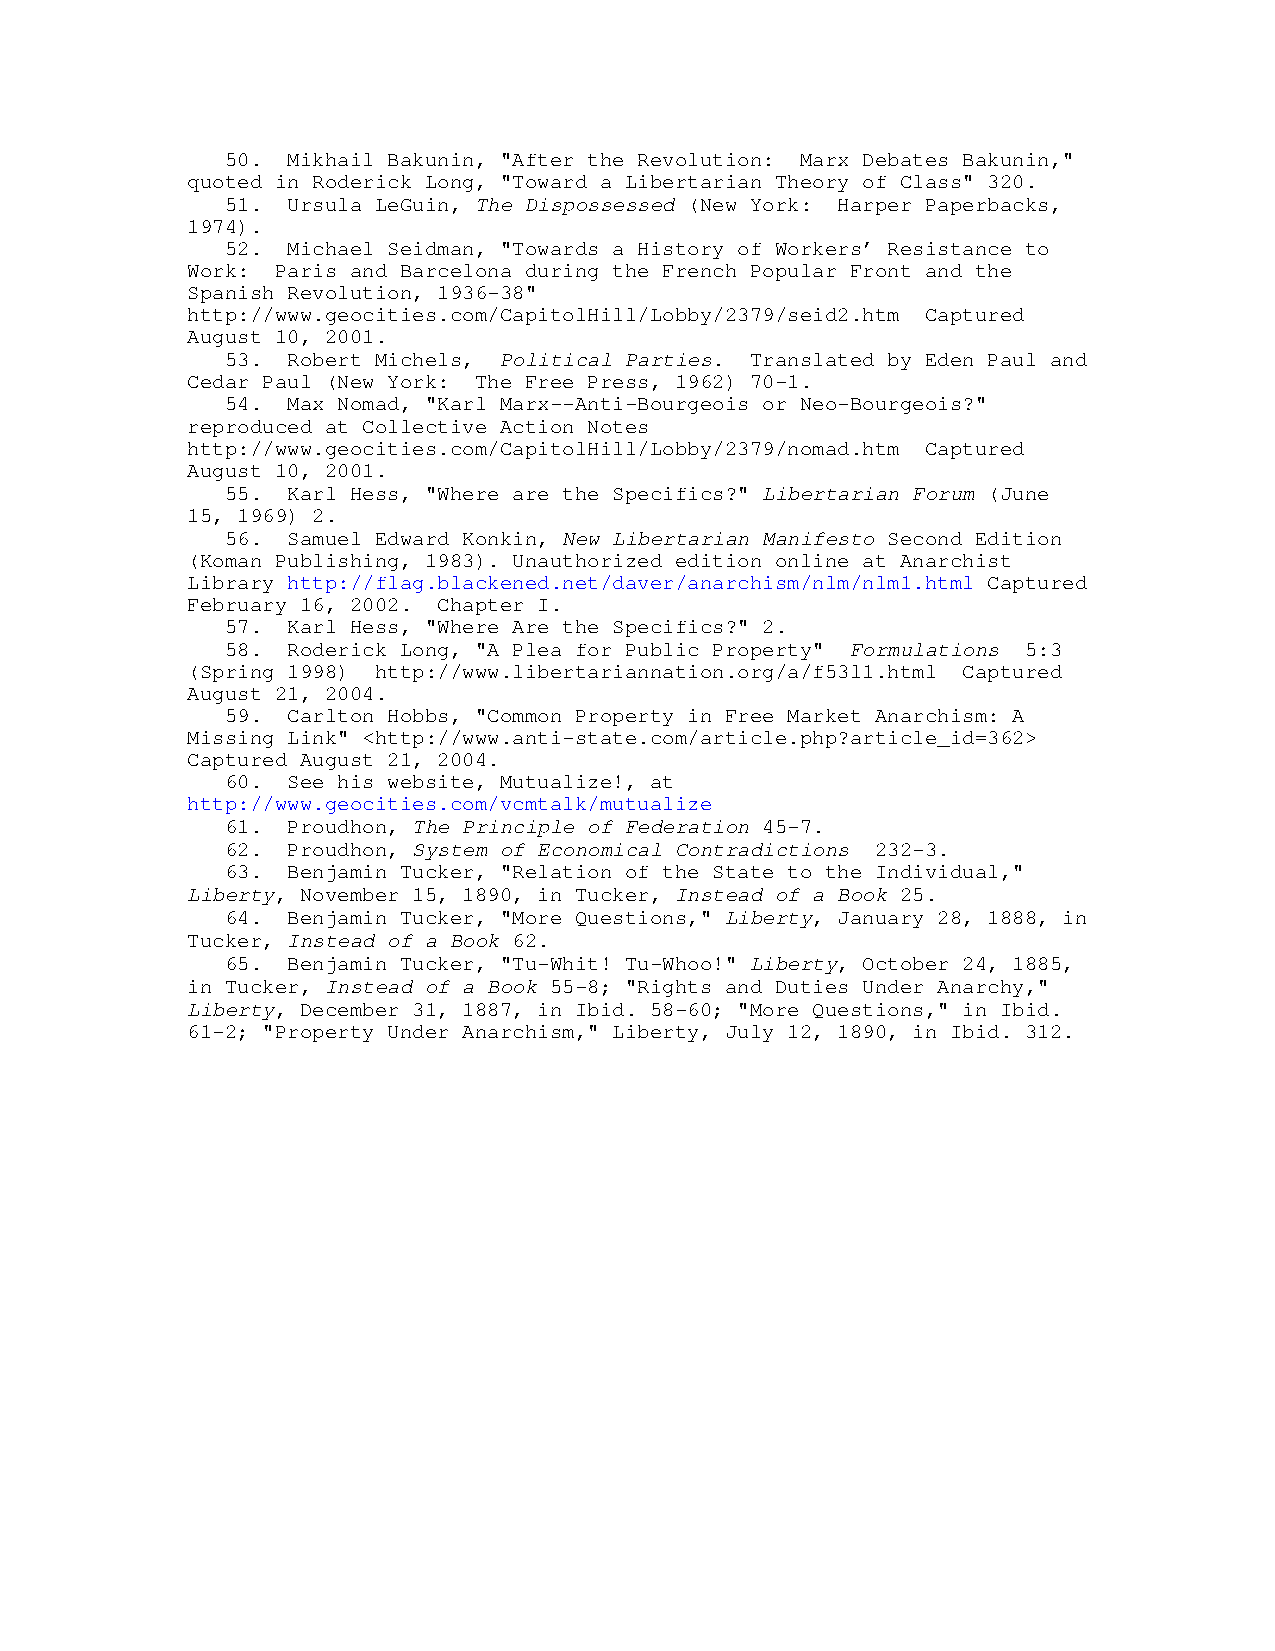
50. Mikhail Bakunin, "After the Revolution: Marx Debates Bakunin,"
 quoted in Roderick Long, "Toward a Libertarian Theory of Class" 320.
 51. Ursula LeGuin, The Dispossessed (New York: Harper Paperbacks,
 1974).
 52. Michael Seidman, "Towards a History of Workers’ Resistance to
 Work: Paris and Barcelona during the French Popular Front and the
 Spanish Revolution, 1936-38"
 http://www.geocities.com/CapitolHill/Lobby/2379/seid2.htm Captured
 August 10, 2001.
 53. Robert Michels, Political Parties. Translated by Eden Paul and
 Cedar Paul (New York: The Free Press, 1962) 70-1.
 54. Max Nomad, "Karl Marx--Anti-Bourgeois or Neo-Bourgeois?"
 reproduced at Collective Action Notes
 http://www.geocities.com/CapitolHill/Lobby/2379/nomad.htm Captured
 August 10, 2001.
 55. Karl Hess, "Where are the Specifics?" Libertarian Forum (June
 15, 1969) 2.
 56. Samuel Edward Konkin, New Libertarian Manifesto Second Edition
 (Koman Publishing, 1983). Unauthorized edition online at Anarchist
 Library http://flag.blackened.net/daver/anarchism/nlm/nlm1.html Captured
 February 16, 2002. Chapter I.
 57. Karl Hess, "Where Are the Specifics?" 2.
 58. Roderick Long, "A Plea for Public Property" Formulations 5:3
 (Spring 1998) http://www.libertariannation.org/a/f53l1.html Captured
 August 21, 2004.
 59. Carlton Hobbs, "Common Property in Free Market Anarchism: A
 Missing Link" <http://www.anti-state.com/article.php?article_id=362>
 Captured August 21, 2004.
 60. See his website, Mutualize!, at
 http://www.geocities.com/vcmtalk/mutualize
 61. Proudhon, The Principle of Federation 45-7.
 62. Proudhon, System of Economical Contradictions 232-3.
 63. Benjamin Tucker, "Relation of the State to the Individual,"
 Liberty, November 15, 1890, in Tucker, Instead of a Book 25.
 64. Benjamin Tucker, "More Questions," Liberty, January 28, 1888, in
 Tucker, Instead of a Book 62.
 65. Benjamin Tucker, "Tu-Whit! Tu-Whoo!" Liberty, October 24, 1885,
 in Tucker, Instead of a Book 55-8; "Rights and Duties Under Anarchy,"
 Liberty, December 31, 1887, in Ibid. 58-60; "More Questions," in Ibid.
 61-2; "Property Under Anarchism," Liberty, July 12, 1890, in Ibid. 312.